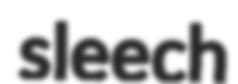
sleech